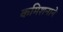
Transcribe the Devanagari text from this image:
कमिशनाने